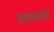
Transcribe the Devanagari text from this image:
दणाणते